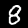
Label: 8